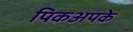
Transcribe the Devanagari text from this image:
पिकअपके